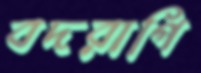
বদরাগি